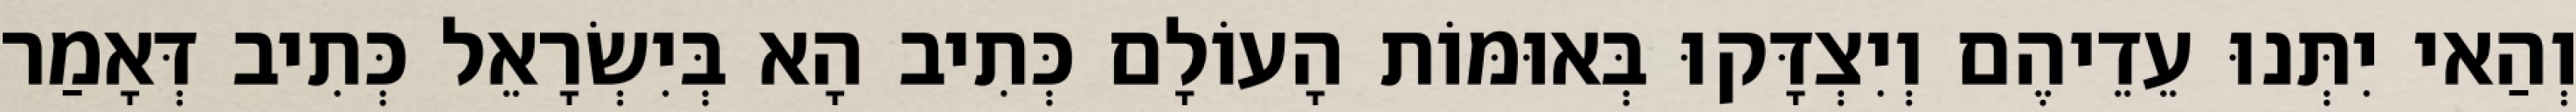
וְהַאי יִתְּנוּ עֵדֵיהֶם וְיִצְדָּקוּ בְּאוּמּוֹת הָעוֹלָם כְּתִיב הָא בְּיִשְׂרָאֵל כְּתִיב דְּאָמַר